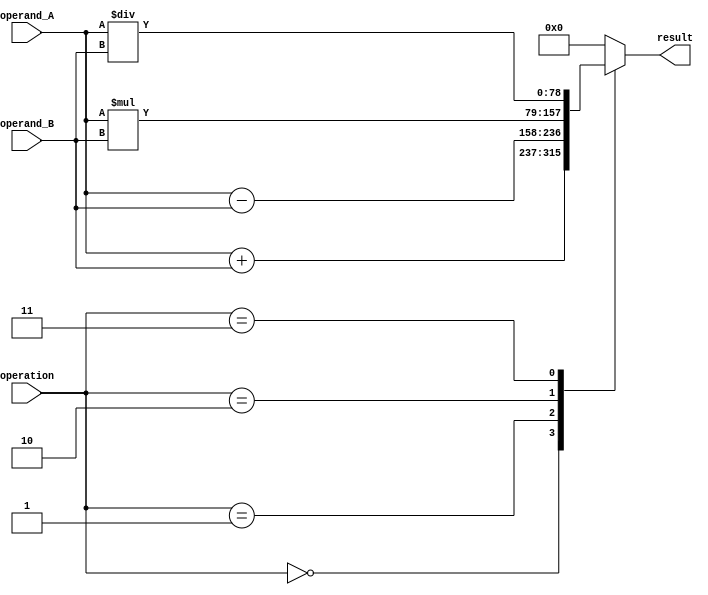
module TriplePrecisionFloatingPointUnit (
    input wire [78:0] operand_A,
    input wire [78:0] operand_B,
    input wire [2:0] operation,
    output reg [78:0] result
);

// Floating point addition
always @(*) begin
    case(operation)
        3'b000: result = operand_A + operand_B;
        3'b001: result = operand_A - operand_B;
        3'b010: result = operand_A * operand_B;
        3'b011: result = operand_A / operand_B;
        // Add other arithmetic operations here
        default: result = 79'b0; // Default case
    endcase
end

endmodule